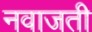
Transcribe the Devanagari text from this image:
नवाजती